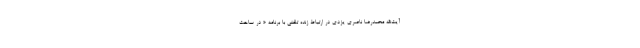
آیت‌الله محمدرضا ناصری یزدی در ارتباط زنده تلفنی با برنامه « در ساحت